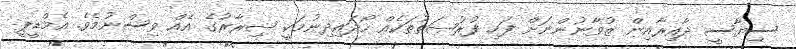
ސިޔާސީ ދާއިރާއިން ޒުވާނުންނަށް ފަހި ފުރުޞަތުތަކެއް ހޯދައިދިނުމަކީ ޟިރާރުގެ އެއް ވިސްނުމެވެ. އެމްޑީޕީ